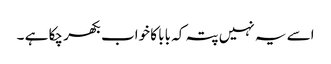
اسے یہ نہیں پتہ کہ بابا کا خواب بکھر چکا ہے ۔